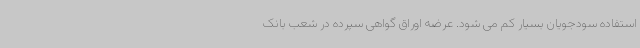
استفاده سودجویان بسیار کم می شود. عرضه اوراق گواهی سپرده در شعب بانک